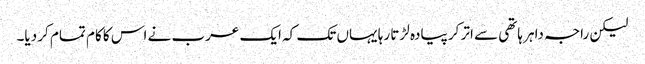
لیکن راجہ داہر ہاتھی سے اتر کر پیادہ لڑتا رہا یہاں تک کہ ایک عرب نے اس کا کام تمام کر دیا۔